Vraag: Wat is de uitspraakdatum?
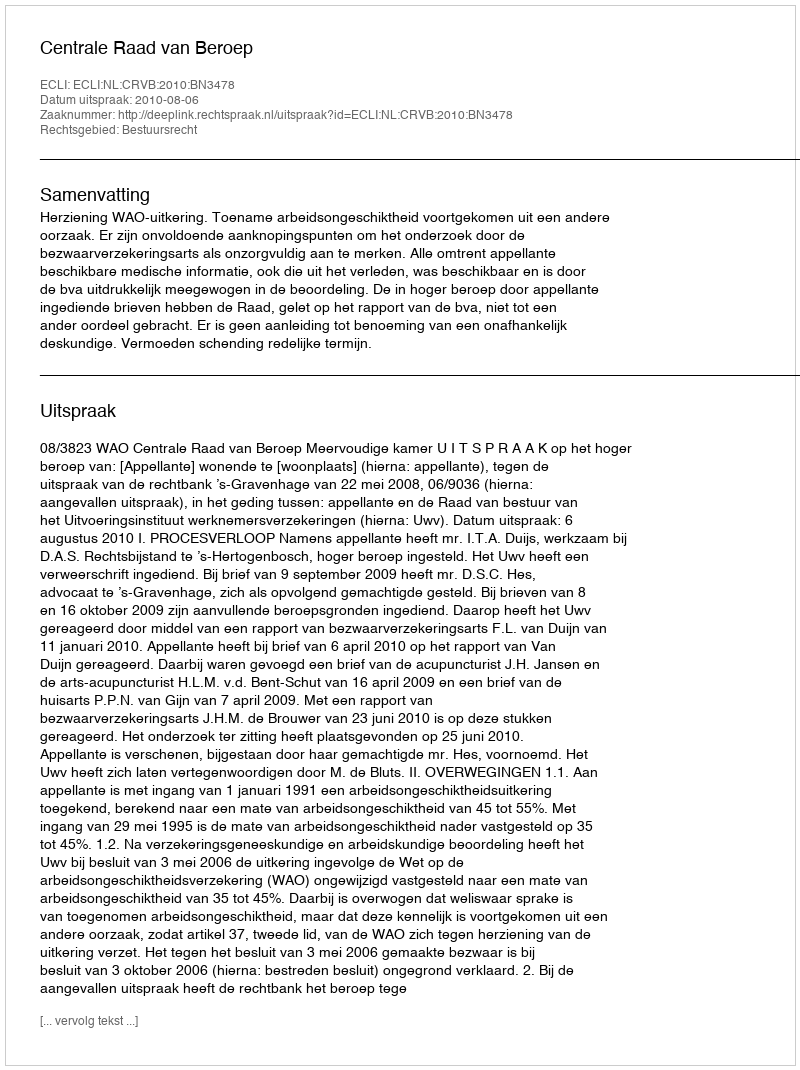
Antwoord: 2010-08-06